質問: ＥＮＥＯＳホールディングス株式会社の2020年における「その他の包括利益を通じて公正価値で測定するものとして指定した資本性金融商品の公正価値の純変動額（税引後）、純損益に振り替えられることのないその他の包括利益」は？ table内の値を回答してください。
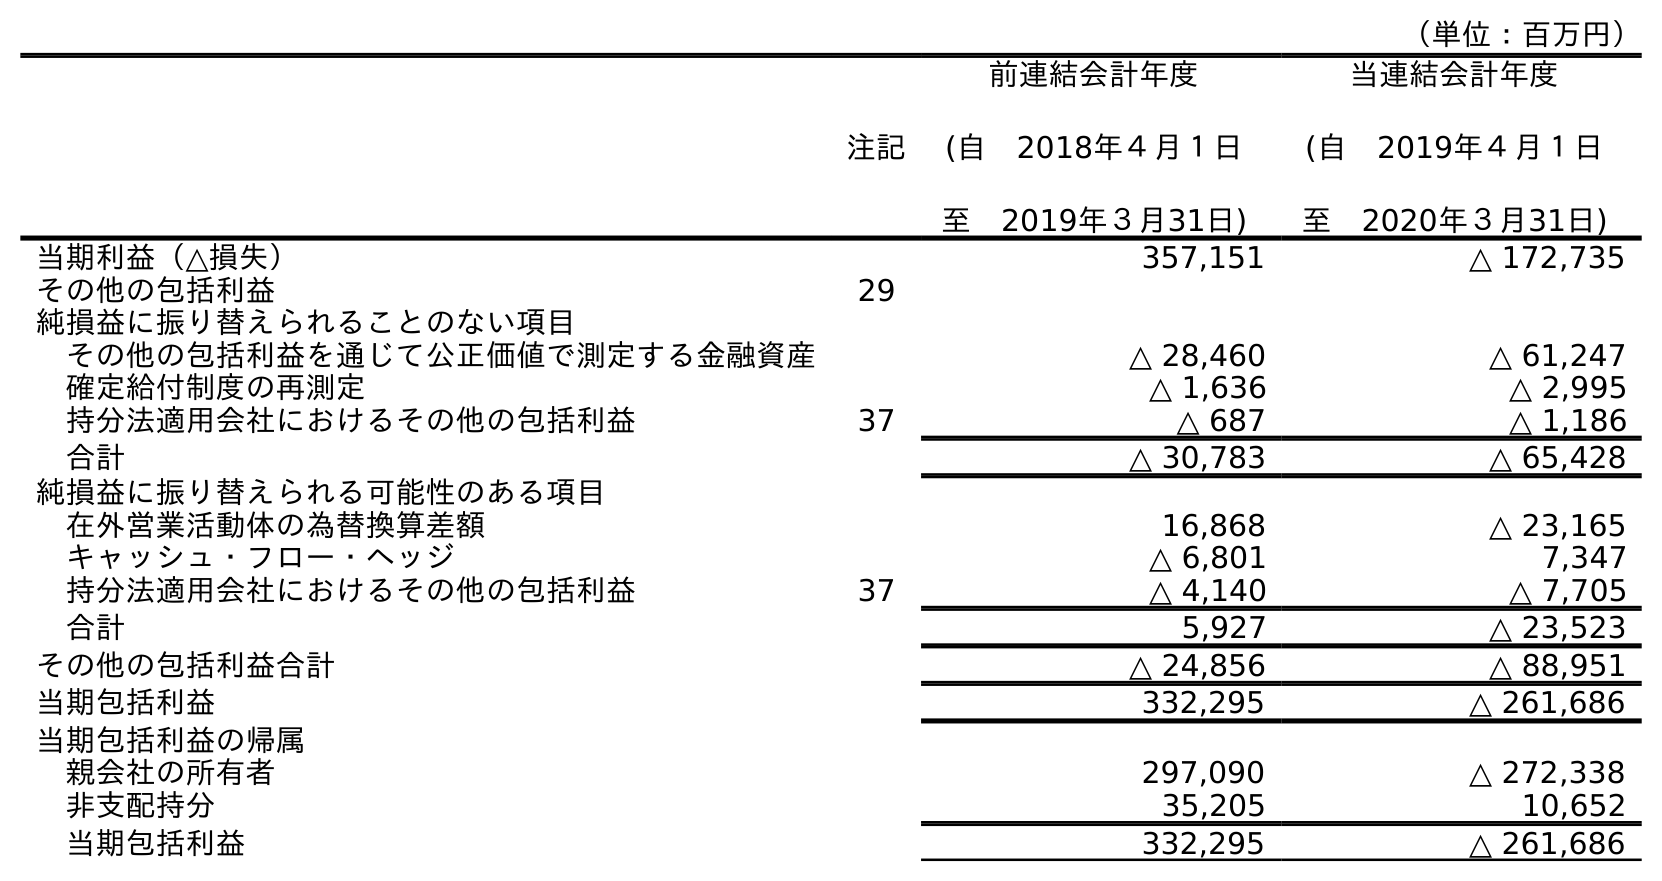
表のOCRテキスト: （単位：百万円） 注記 前連結会計年度 (自 2018年４月１日 至 2019年３月31日) 当連結会計年度 (自 2019年４月１日 至 2020年３月31日) 当期利益（△損失） 357,151 △ 172,735 その他の包括利益 29 純損益に振り替えられることのない項目 その他の包括利益を通じて公正価値で測定する金融資産 △ 28,460 △ 61,247 確定給付制度の再測定 △ 1,636 △ 2,995 持分法適用会社におけるその他の包括利益 37 △ 687 △ 1,186 合計 △ 30,783 △ 65,428 純損益に振り替えられる可能性のある項目 在外営業活動体の為替換算差額 16,868 △ 23,165 キャッシュ・フロー・ヘッジ △ 6,801 7,347 持分法適用会社におけるその他の包括利益 37 △ 4,140 △ 7,705 合計 5,927 △ 23,523 その他の包括利益合計 △ 24,856 △ 88,951 当期包括利益 332,295 △ 261,686 当期包括利益の帰属 親会社の所有者 297,090 △ 272,338 非支配持分 35,205 10,652 当期包括利益 332,295 △ 261,686
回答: △61,247